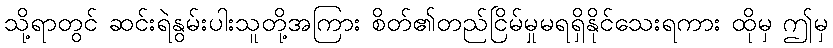
သို့ရာတွင် ဆင်းရဲနွမ်းပါးသူတို့အကြား စိတ်၏တည်ငြိမ်မှုမရရှိနိုင်သေးရကား ထိုမှ ဤမှ